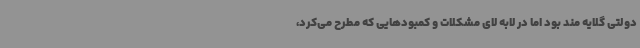
دولتی گلایه مند بود اما در لابه لای مشکلات و کمبودهایی که مطرح می‌کرد،